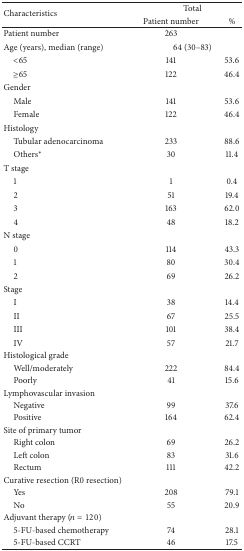
| <ROWSPAN=2> Characteristics | <COLSPAN=2> Total |
 | Patient number | % |
 | --- | --- | --- |
 | Patient number | 263 |  |
 | Age (years), median (range) | <COLSPAN=2> 64 (30–83) |
 | <65 | 141 | 53.6 |
 | ≥65 | 122 | 46.4 |
 | Gender |  |  |
 | Male | 141 | 53.6 |
 | Female | 122 | 46.4 |
 | Histology |  |  |
 | Tubular adenocarcinoma | 233 | 88.6 |
 | Others* | 30 | 11.4 |
 | T stage |  |  |
 | 1 | 1 | 0.4 |
 | 2 | 51 | 19.4 |
 | 3 | 163 | 62.0 |
 | 4 | 48 | 18.2 |
 | N stage |  |  |
 | 0 | 114 | 43.3 |
 | 1 | 80 | 30.4 |
 | 2 | 69 | 26.2 |
 | Stage |  |  |
 | I | 38 | 14.4 |
 | II | 67 | 25.5 |
 | III | 101 | 38.4 |
 | IV | 57 | 21.7 |
 | Histological grade |  |  |
 | Well/moderately | 222 | 84.4 |
 | Poorly | 41 | 15.6 |
 | Lymphovascular invasion |  |  |
 | Negative | 99 | 37.6 |
 | Positive | 164 | 62.4 |
 | Site of primary tumor |  |  |
 | Right colon | 69 | 26.2 |
 | Left colon | 83 | 31.6 |
 | Rectum | 111 | 42.2 |
 | Curative resection (R0 resection) |  |  |
 | Yes | 208 | 79.1 |
 | No | 55 | 20.9 |
 | Adjuvant therapy (n = 120) |  |  |
 | 5-FU-based chemotherapy | 74 | 28.1 |
 | 5-FU-based CCRT | 46 | 17.5 |